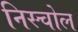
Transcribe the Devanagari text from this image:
निस्चोल